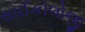
સાઈકોલોજી